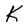
Character: K